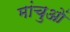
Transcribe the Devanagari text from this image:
मांचुओं